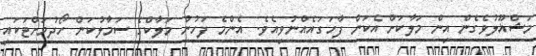
މަޝްޣޫލުވެގެން އިން މަލާކަށް އެކަން ފާހަގައެއްނުވިއެވެ. އެންމެ ފަހުން މަލާކްގެ ސަމާލުކަން ހޯދުމަށްޓަކައި